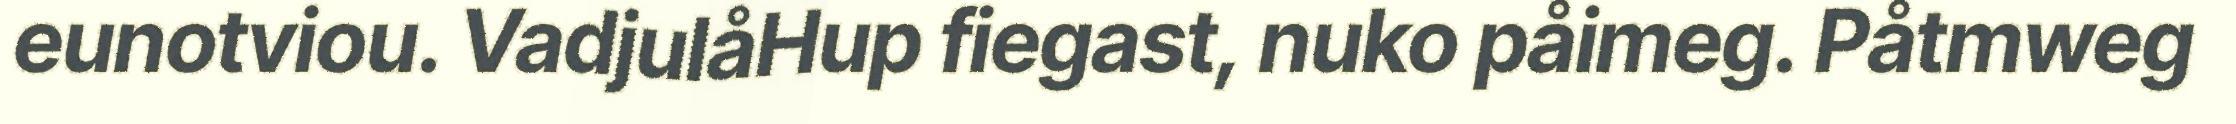
eunotviou. VadjulåHup fiegast, nuko påimeg. Påtmweg